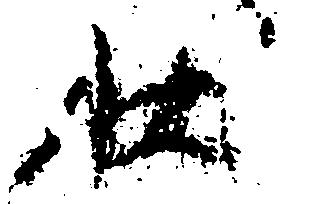
状